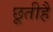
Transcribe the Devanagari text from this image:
छूतीहै